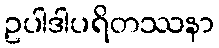
ဥပါဒါပရိတဿနာ